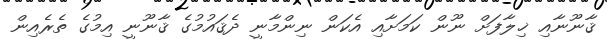
ޤާނޫނާއި ޚިލާފަށް ނޫން ކަމަށާއި އެކަން ނިންމާނީ ދެޤައުމުގެ ޤާނޫނީ އިމުގެ ތެރެއިން